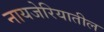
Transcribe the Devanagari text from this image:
नायजेरियातील